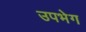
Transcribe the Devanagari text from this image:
उपभेग